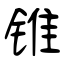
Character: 锥